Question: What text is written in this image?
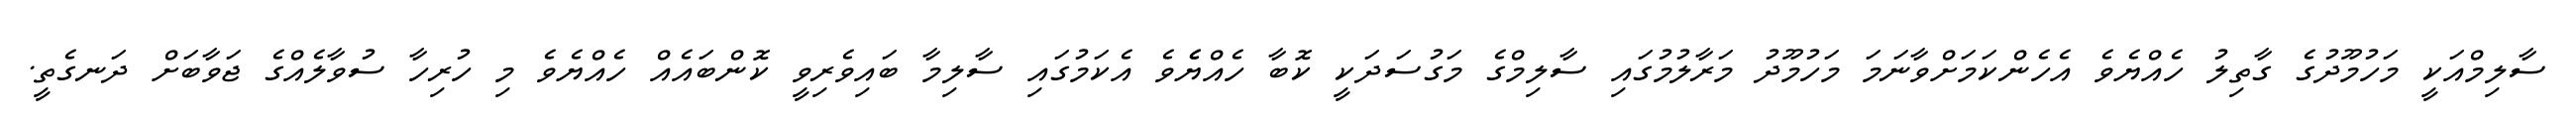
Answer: ސާލިމްއަކީ މަހުމޫދުގެ ގާތިލު ހެއްޔެވެ އެހެންކަމަށްވާނަމަ މަހުމޫދު މަރާލުމުގައި ސާލިމްގެ މަގުސަދަކީ ކޮބާ ހެއްޔެެވެ އެކަމުގައި ސާލިމާ ބައިވެރިވީ ކޮންބައެއް ހެއްޔެވެ މި ހުރިހާ ސުވާލެއްގެ ޖަވާބަށް ދަނގެތީ.